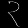
Digit: ၃